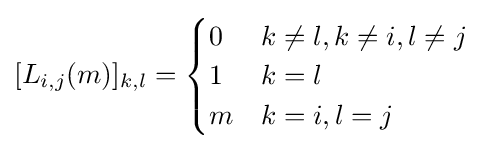
[L_{i,j}(m)]_{k,l}={\begin{cases}0&k\neq l,k\neq i,l\neq j\\1&k=l\\m&k=i,l=j\end{cases}}